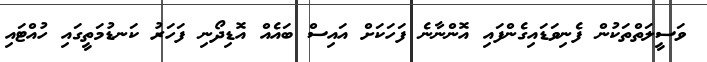
ވަސީލަތްތަކުން ފެނިވަޑައިގެންފައި އޮންނާނެ ފަހަކަށް އައިސް ބައެއް އޮޑިދޯނި ފަހަރު ކަނޑުމަތީގައި ހުއްޓައި